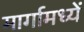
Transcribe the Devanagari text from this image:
मार्गामध्यें